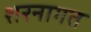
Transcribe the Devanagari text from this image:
शरनागत